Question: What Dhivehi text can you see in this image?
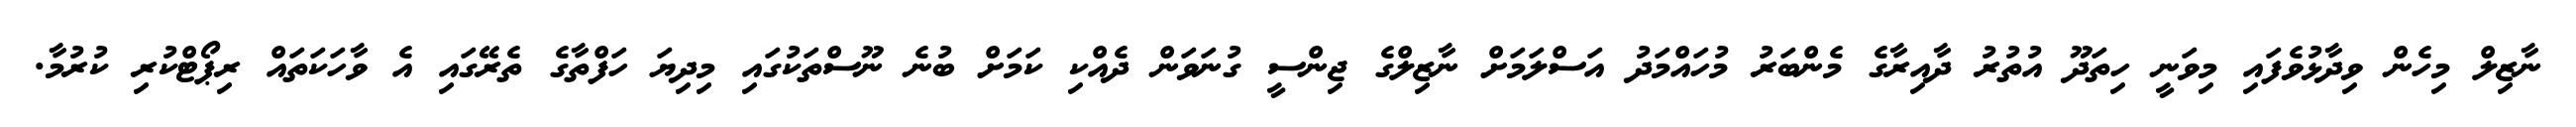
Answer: ނާޒިލް މިހެން ވިދާޅުވެފައި މިވަނީ ހިތަދޫ އުތުރު ދާއިރާގެ މެންބަރު މުހައްމަދު އަސްލަމަށް ނާޒިލްގެ ޖިންސީ ގުނަވަން ދެއްކި ކަމަށް ބުނެ ނޫސްތަކުގައި މިދިޔަ ހަފްތާގެ ތެރޭގައި އެ ވާހަކަތައް ރިޕޯޓްކުރި ކުރުމާ.